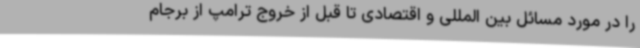
را در مورد مسائل بین المللی و اقتصادی تا قبل از خروج ترامپ از برجام